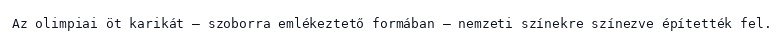
Az olimpiai öt karikát – szoborra emlékeztető formában – nemzeti színekre színezve építették fel.